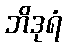
ဘိဒုရံ